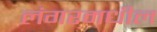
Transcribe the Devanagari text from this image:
लंगरमधील